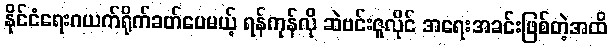
နိုင်ငံရေးဂယက်ရိုက်ခတ်ပေမယ့် ရန်ကုန်လို ဆဲဗင်းဇူလိုင် အရေးအခင်းဖြစ်တဲ့အထိ